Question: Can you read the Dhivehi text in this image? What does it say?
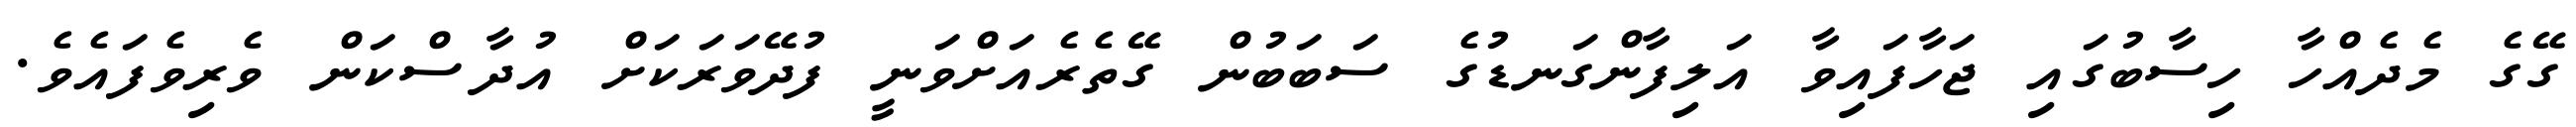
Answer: ގޭގެ މެދެއްހާ ހިސާބުގައި ޖަހާފައިވާ އަލިފާންގަނޑުގެ ސަބަބުން ގޭތެރެއަށްވަނީ ފުދޭވަރަކަށް އުދާސްކަން ވެރިވެފައެވެ.